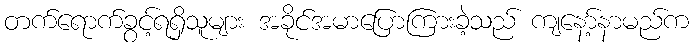
တက်ရောက်ခွင့်ရရှိသူများ အခိုင်အမာပြောကြားခဲ့သည် ကျနော့်နာမည်က